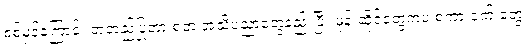
စစ်မှန်ကြောင်း အတည်ပြုတာ စတဲ့ အသိပညာတွေနည်းပြီး ဖုန်းဆိုင်တွေကပဲ စကားဝှက် တွေ